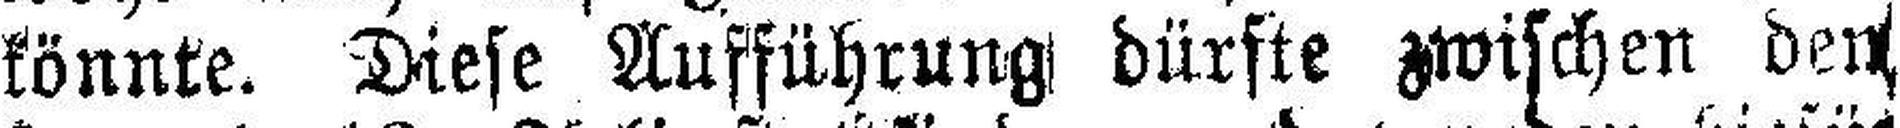
könnte. Diese Aufführung dürfte zwischen den